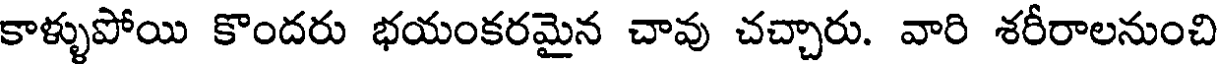
కాళ్ళుపోయి కొందరు భయంకరమైన చావు చచ్చారు. వారి శరీరాలనుంచి